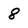
Character: 8